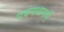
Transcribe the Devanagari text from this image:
पवनधाराएँ